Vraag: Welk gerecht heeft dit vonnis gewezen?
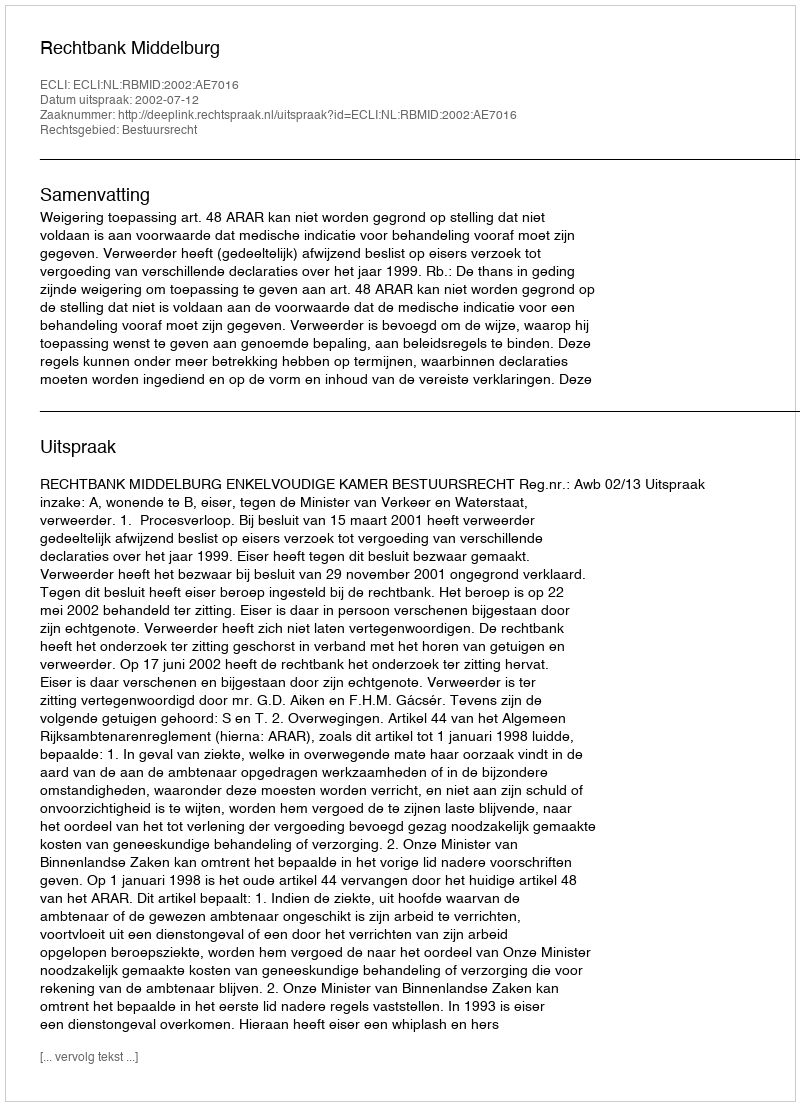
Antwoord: Rechtbank Middelburg